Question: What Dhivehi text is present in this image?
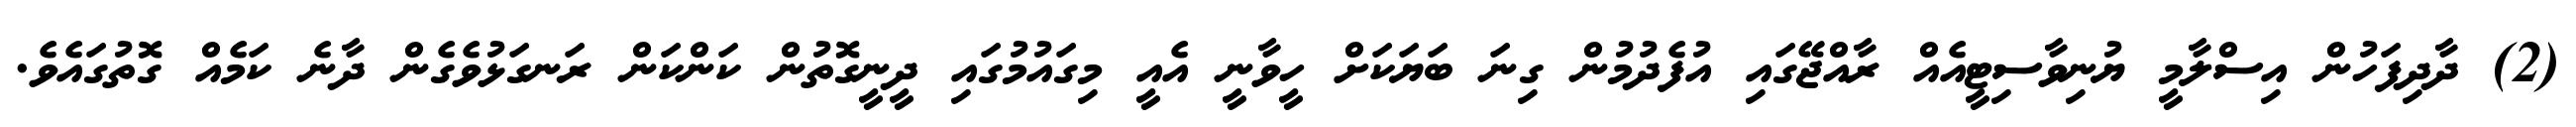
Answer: (2) ދާދިފަހުން އިސްލާމީ ޔުނިވާސިޓީއެއް ރާއްޖޭގައި އުފެދުމުން ގިނަ ބަޔަކަށް ހީވާނީ އެއީ މިގައުމުގައި ދީނީގޮތުން ކަންކަން ރަނގަޅުވެގެން ދާނެ ކަމެއް ގޮތުގައެވެ.